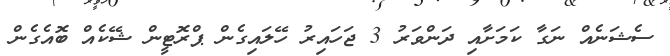
ސެޝަނެއް ނަގާ ކަމަށާއި ދަންވަރު 3 ޖަހައިރު ހޭލައިގެން ޕްރޮޓީން ޝޭކެއް ބޮއެގެން